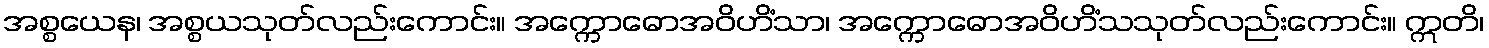
အစ္စယေန၊ အစ္စယသုတ်လည်းကောင်း။ အက္ကောဓောအဝိဟိံသာ၊ အက္ကောဓောအဝိဟိံသသုတ်လည်းကောင်း။ ဣတိ၊